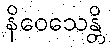
နိဝေသေန္တိ